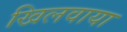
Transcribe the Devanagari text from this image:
खिलवाया